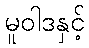
မူဝါဒနှင့်